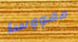
مهووسا